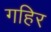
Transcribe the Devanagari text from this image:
गहिर